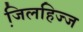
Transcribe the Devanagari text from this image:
जि़लहिज्ज